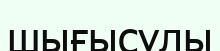
шығысұлы